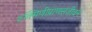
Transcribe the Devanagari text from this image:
रुक्मिणीप्राणसंजीवनं